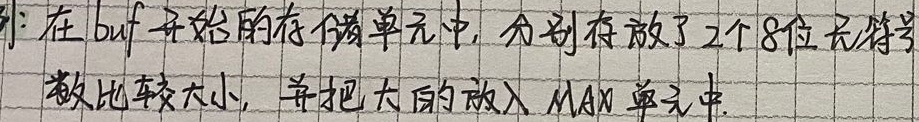
在 \(buf\) 开始的存储单元中，分别存放了2个8位无符号数，比较大小，并把大的放入 \(MAX\) 单元中。